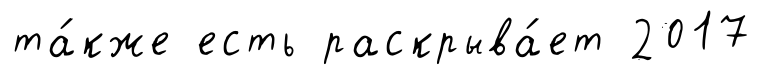
та́кже есть раскрыва́ет 2017